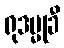
ရုဒမ္မုခီ